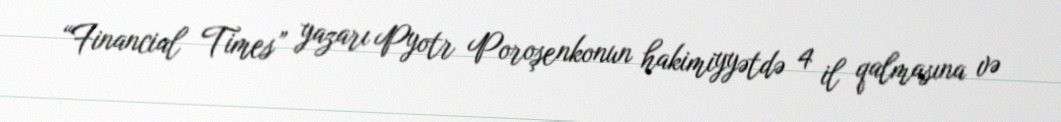
“Financial Times” yazarı Pyotr Poroşenkonun hakimiyyətdə 4 il qalmasına və